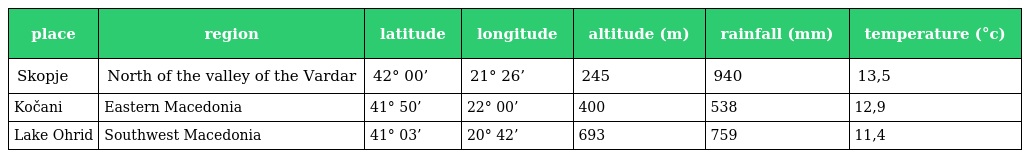
| place | region | latitude | longitude | altitude (m) | rainfall (mm) | temperature (°c) |
 | --- | --- | --- | --- | --- | --- | --- |
 | Skopje | North of the valley of the Vardar | 42° 00’ | 21° 26’ | 245 | 940 | 13,5 |
 | Kočani | Eastern Macedonia | 41° 50’ | 22° 00’ | 400 | 538 | 12,9 |
 | Lake Ohrid | Southwest Macedonia | 41° 03’ | 20° 42’ | 693 | 759 | 11,4 |